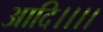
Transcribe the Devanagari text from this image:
आदि।।।।